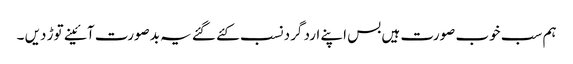
ہم سب خوب صورت ہیں بس اپنے ارد گرد نسب کئے گئے یہ بدصورت آئینے توڑ دیں ۔